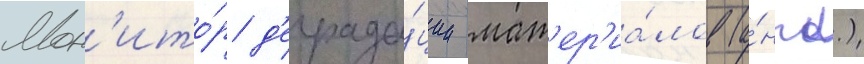
Мон'ито́р д'еграда́ции мат'ер'иа́лов (а́нгл.)